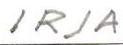
IRJA